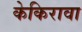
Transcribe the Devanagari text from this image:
केकिरावा